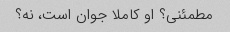
مطمئنی؟ او کاملا جوان است، نه؟